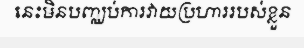
នេះមិនបញ្ឈប់ការវាយប្រហាររបស់ខ្លួន